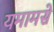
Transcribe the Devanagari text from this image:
यमामसे